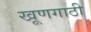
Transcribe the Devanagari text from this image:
खूणगाठी